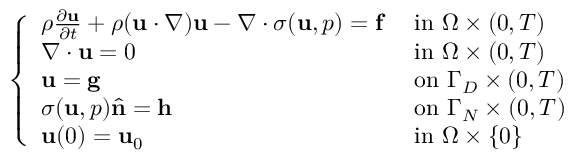
{ \left\{ \begin{array} { l l } { \rho { \frac { \partial \mathbf { u } } { \partial t } } + \rho ( \mathbf { u } \cdot \nabla ) \mathbf { u } - \nabla \cdot { \boldsymbol { \sigma } } ( \mathbf { u } , p ) = \mathbf { f } } & { { \mathrm { ~ i n ~ } } \Omega \times ( 0 , T ) } \\ { \nabla \cdot \mathbf { u } = 0 } & { { \mathrm { ~ i n ~ } } \Omega \times ( 0 , T ) } \\ { \mathbf { u } = \mathbf { g } } & { { \mathrm { ~ o n ~ } } \Gamma _ { D } \times ( 0 , T ) } \\ { { \boldsymbol { \sigma } } ( \mathbf { u } , p ) { \hat { \mathbf { n } } } = \mathbf { h } } & { { \mathrm { ~ o n ~ } } \Gamma _ { N } \times ( 0 , T ) } \\ { \mathbf { u } ( 0 ) = \mathbf { u } _ { 0 } } & { { \mathrm { ~ i n ~ } } \Omega \times \{ 0 \} } \end{array} \right. }